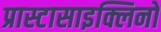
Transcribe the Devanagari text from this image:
प्रास्टासाइक्लिनों